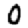
Digit: 0